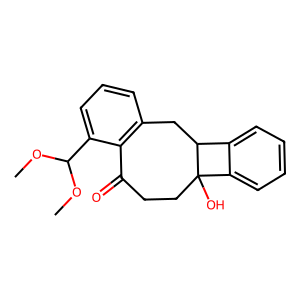
SMILES: COC(OC)c1cccc2c1C(=O)CCC1(O)c3ccccc3C1C2
Inhibits HIV replication: No